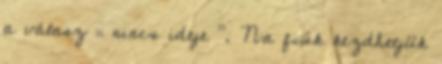
a válasz „ nincs ideje ”. Na fiúk kezdhetjük